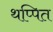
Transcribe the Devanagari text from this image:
थप्पित